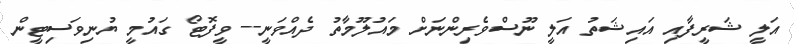
އަލީ ޝަރީފާއި އައިޝަތު އަލީ ނޫސްވެެެރިންނަށް މައުލޫމާތު ދެއްވަނީ-- ވީފޮޓޯ ގައުމީ ޔުނިވަސިޓީން